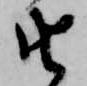
由